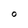
Character: O